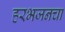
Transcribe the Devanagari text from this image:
हरभजनचा